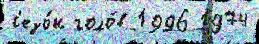
с'езо́н голо́в 1996 1974